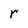
Character: r